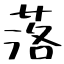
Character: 落